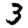
Digit: 3